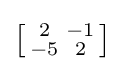
\left[{\begin{smallmatrix}2&-1\\-5&2\end{smallmatrix}}\right]